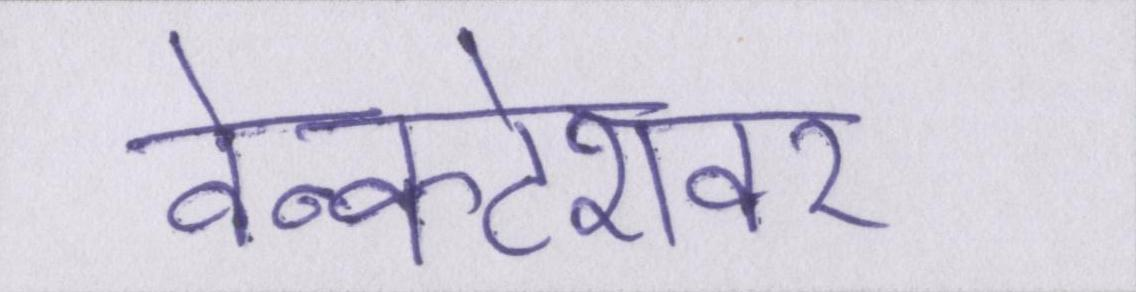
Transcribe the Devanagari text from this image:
वेन्कटेशवर